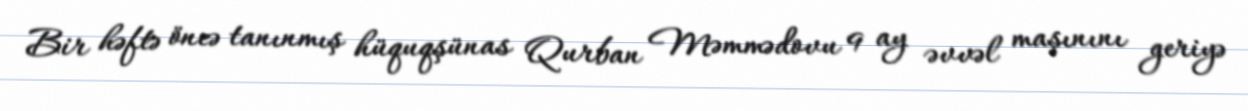
Bir həftə öncə tanınmış hüquqşünas Qurban Məmmədovu 9 ay əvvəl maşınını geriyə